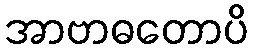
အာဗာဓတောပိ